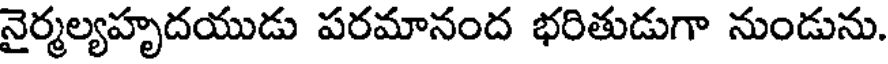
నైర్మల్యహృదయుడు పరమానంద భరితుడుగా నుండును.